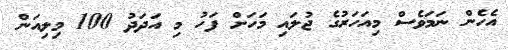
އެހެން ނަމަވެސް މިއަހަރުގެ ޖުލައި މަހަށް ފަހު މި އަދަދު 100 މިލިއަން